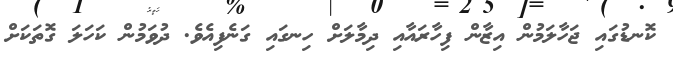
ކޮނޑުގައި ޖަހާލަމުން އިޒާން ފިހާރައާއި ދިމާލަށް ހިނގައި ގަނެފިއެވެ. ދުވަމުން ކަހަލަ ގޮތަކަށް